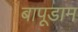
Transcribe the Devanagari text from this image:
बापूडाम